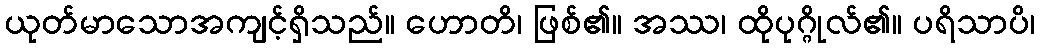
ယုတ်မာသောအကျင့်ရှိသည်။ ဟောတိ၊ ဖြစ်၏။ အဿ၊ ထိုပုဂ္ဂိုလ်၏။ ပရိသာပိ၊